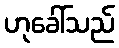
ဟုခေါ်သည်